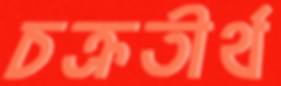
চক্রতীর্থ